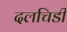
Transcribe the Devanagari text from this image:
दलचिडी